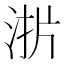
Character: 𰛫